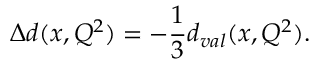
\Delta d ( x , Q ^ { 2 } ) = - { \frac { 1 } { 3 } } d _ { v a l } ( x , Q ^ { 2 } ) .